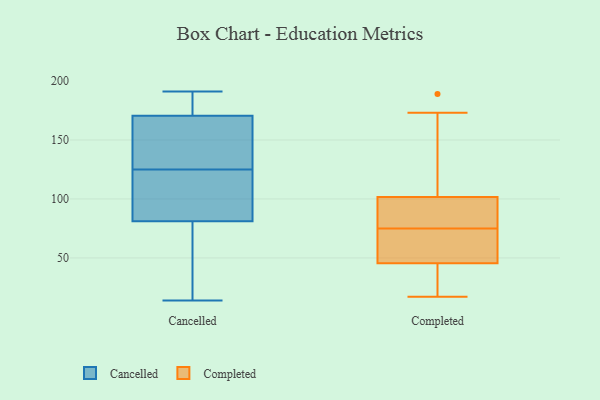
{"axis": {"x": "Active Users", "y": "Value"}, "legend": ["Cancelled", "Completed"], "data": [{"x": "", "y": 120, "type": "Cancelled"}, {"x": "", "y": 33, "type": "Cancelled"}, {"x": "", "y": 143, "type": "Cancelled"}, {"x": "", "y": 168, "type": "Cancelled"}, {"x": "", "y": 14, "type": "Cancelled"}, {"x": "", "y": 62, "type": "Cancelled"}, {"x": "", "y": 120, "type": "Cancelled"}, {"x": "", "y": 147, "type": "Cancelled"}, {"x": "", "y": 58, "type": "Cancelled"}, {"x": "", "y": 183, "type": "Cancelled"}, {"x": "", "y": 108, "type": "Cancelled"}, {"x": "", "y": 130, "type": "Cancelled"}, {"x": "", "y": 182, "type": "Cancelled"}, {"x": "", "y": 191, "type": "Cancelled"}, {"x": "", "y": 173, "type": "Cancelled"}, {"x": "", "y": 100, "type": "Cancelled"}, {"x": "", "y": 47, "type": "Cancelled"}, {"x": "", "y": 117, "type": "Cancelled"}, {"x": "", "y": 184, "type": "Cancelled"}, {"x": "", "y": 162, "type": "Cancelled"}, {"x": "", "y": 83, "type": "Completed"}, {"x": "", "y": 145, "type": "Completed"}, {"x": "", "y": 53, "type": "Completed"}, {"x": "", "y": 152, "type": "Completed"}, {"x": "", "y": 17, "type": "Completed"}, {"x": "", "y": 74, "type": "Completed"}, {"x": "", "y": 43, "type": "Completed"}, {"x": "", "y": 76, "type": "Completed"}, {"x": "", "y": 106, "type": "Completed"}, {"x": "", "y": 55, "type": "Completed"}, {"x": "", "y": 38, "type": "Completed"}, {"x": "", "y": 173, "type": "Completed"}, {"x": "", "y": 189, "type": "Completed"}, {"x": "", "y": 89, "type": "Completed"}, {"x": "", "y": 77, "type": "Completed"}, {"x": "", "y": 39, "type": "Completed"}, {"x": "", "y": 27, "type": "Completed"}, {"x": "", "y": 74, "type": "Completed"}, {"x": "", "y": 75, "type": "Completed"}]}